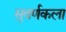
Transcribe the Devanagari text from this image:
सुवर्णकला